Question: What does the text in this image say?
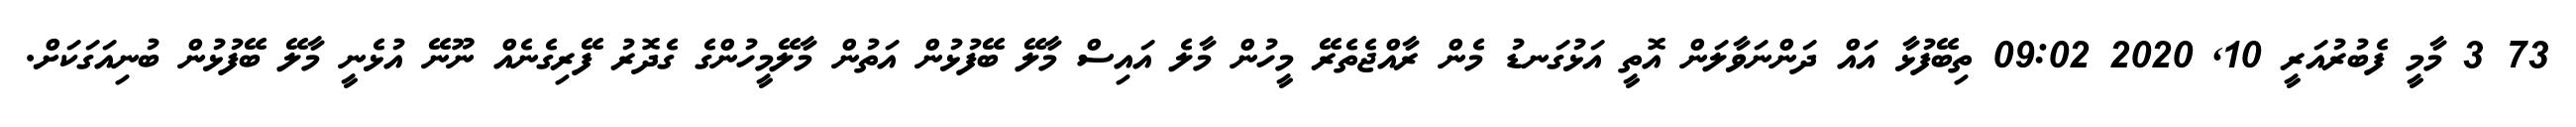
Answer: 73 3 މާމީ ފެބުރުއަރީ 10, 2020 09:02 ތިބޭފުޅާ އައް ދަންނަވާލަން އޮތީ އަޅުގަނޑު މެން ރާއްޖެތެރޭ މީހުން މާލެ އައިސް މާލޭ ބޭފުޅުން އަތުން މާލޭމީހުންގެ ގެދޮރު ފޭރިގެނެއް ނޫނޭ އުޅެނީ މާލޭ ބޭފުޅުން ބުނިއަގަކަށް.